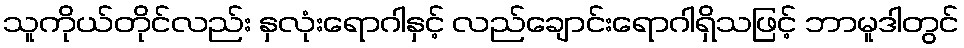
သူကိုယ်တိုင်လည်း နှလုံးရောဂါနှင့် လည်ချောင်းရောဂါရှိသဖြင့် ဘာမူဒါတွင်